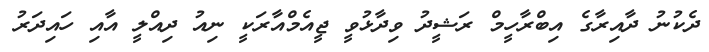
ދެކުނު ދާއިރާގެ އިބްރާހީމް ރަޝީދު ވިދާޅުވީ ޖީއެމްއާރަކީ ނިއު ދިއްލީ އާއި ހައިދަރު